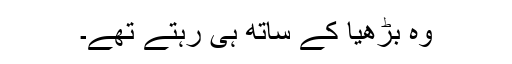
وہ بڑھیا کے ساتھ ہی رہتے تھے۔